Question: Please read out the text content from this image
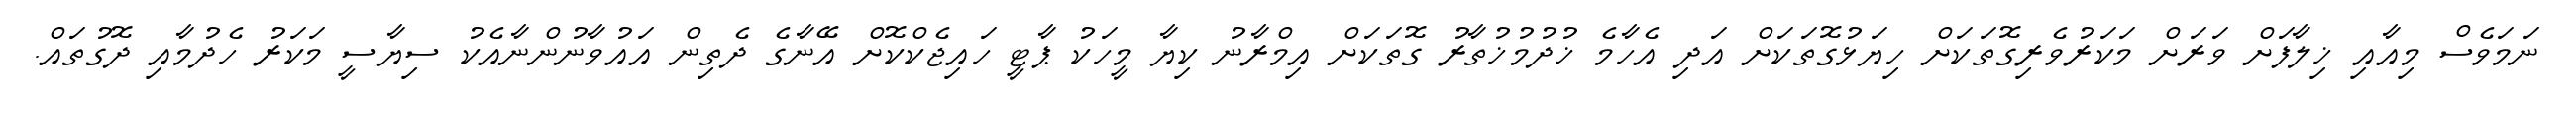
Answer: ނަމަވެސް މިއާއި ޚިލާފަށް ވަރަށް މަކަރުވެރިގޮތަކަށް ހިޔަޅުގޮތަކަށް އަދި އެހާމެ ޚުދުމުޚުތާރު ގޮތަކަށް އިމްރާނު ކިޔާ މީހަކު ޕާޓީ ހައިޖެކްކޮށް އޭނާގެ ދެތިން އައުވާނުންނާއެކު ސިޔާސީ މަކަރު ހެދުމާއި ދޮގުތައް.